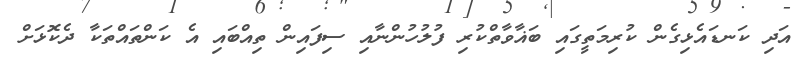
އަދި ކަނޑައެޅިގެން ކުރިމަތީގައި ބަޣާވާތްކުރި ފުލުހުންނާއި ސިފައިން ތިއްބައި އެ ކަންތައްތަކާ ދެކޮޅަށް